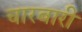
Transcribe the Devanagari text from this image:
चारबारी